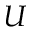
U